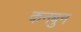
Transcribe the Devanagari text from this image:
कनबुन